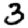
Digit: 3